Vaike-Kopu_(Puiatu)_vallavalitsus, lk 42
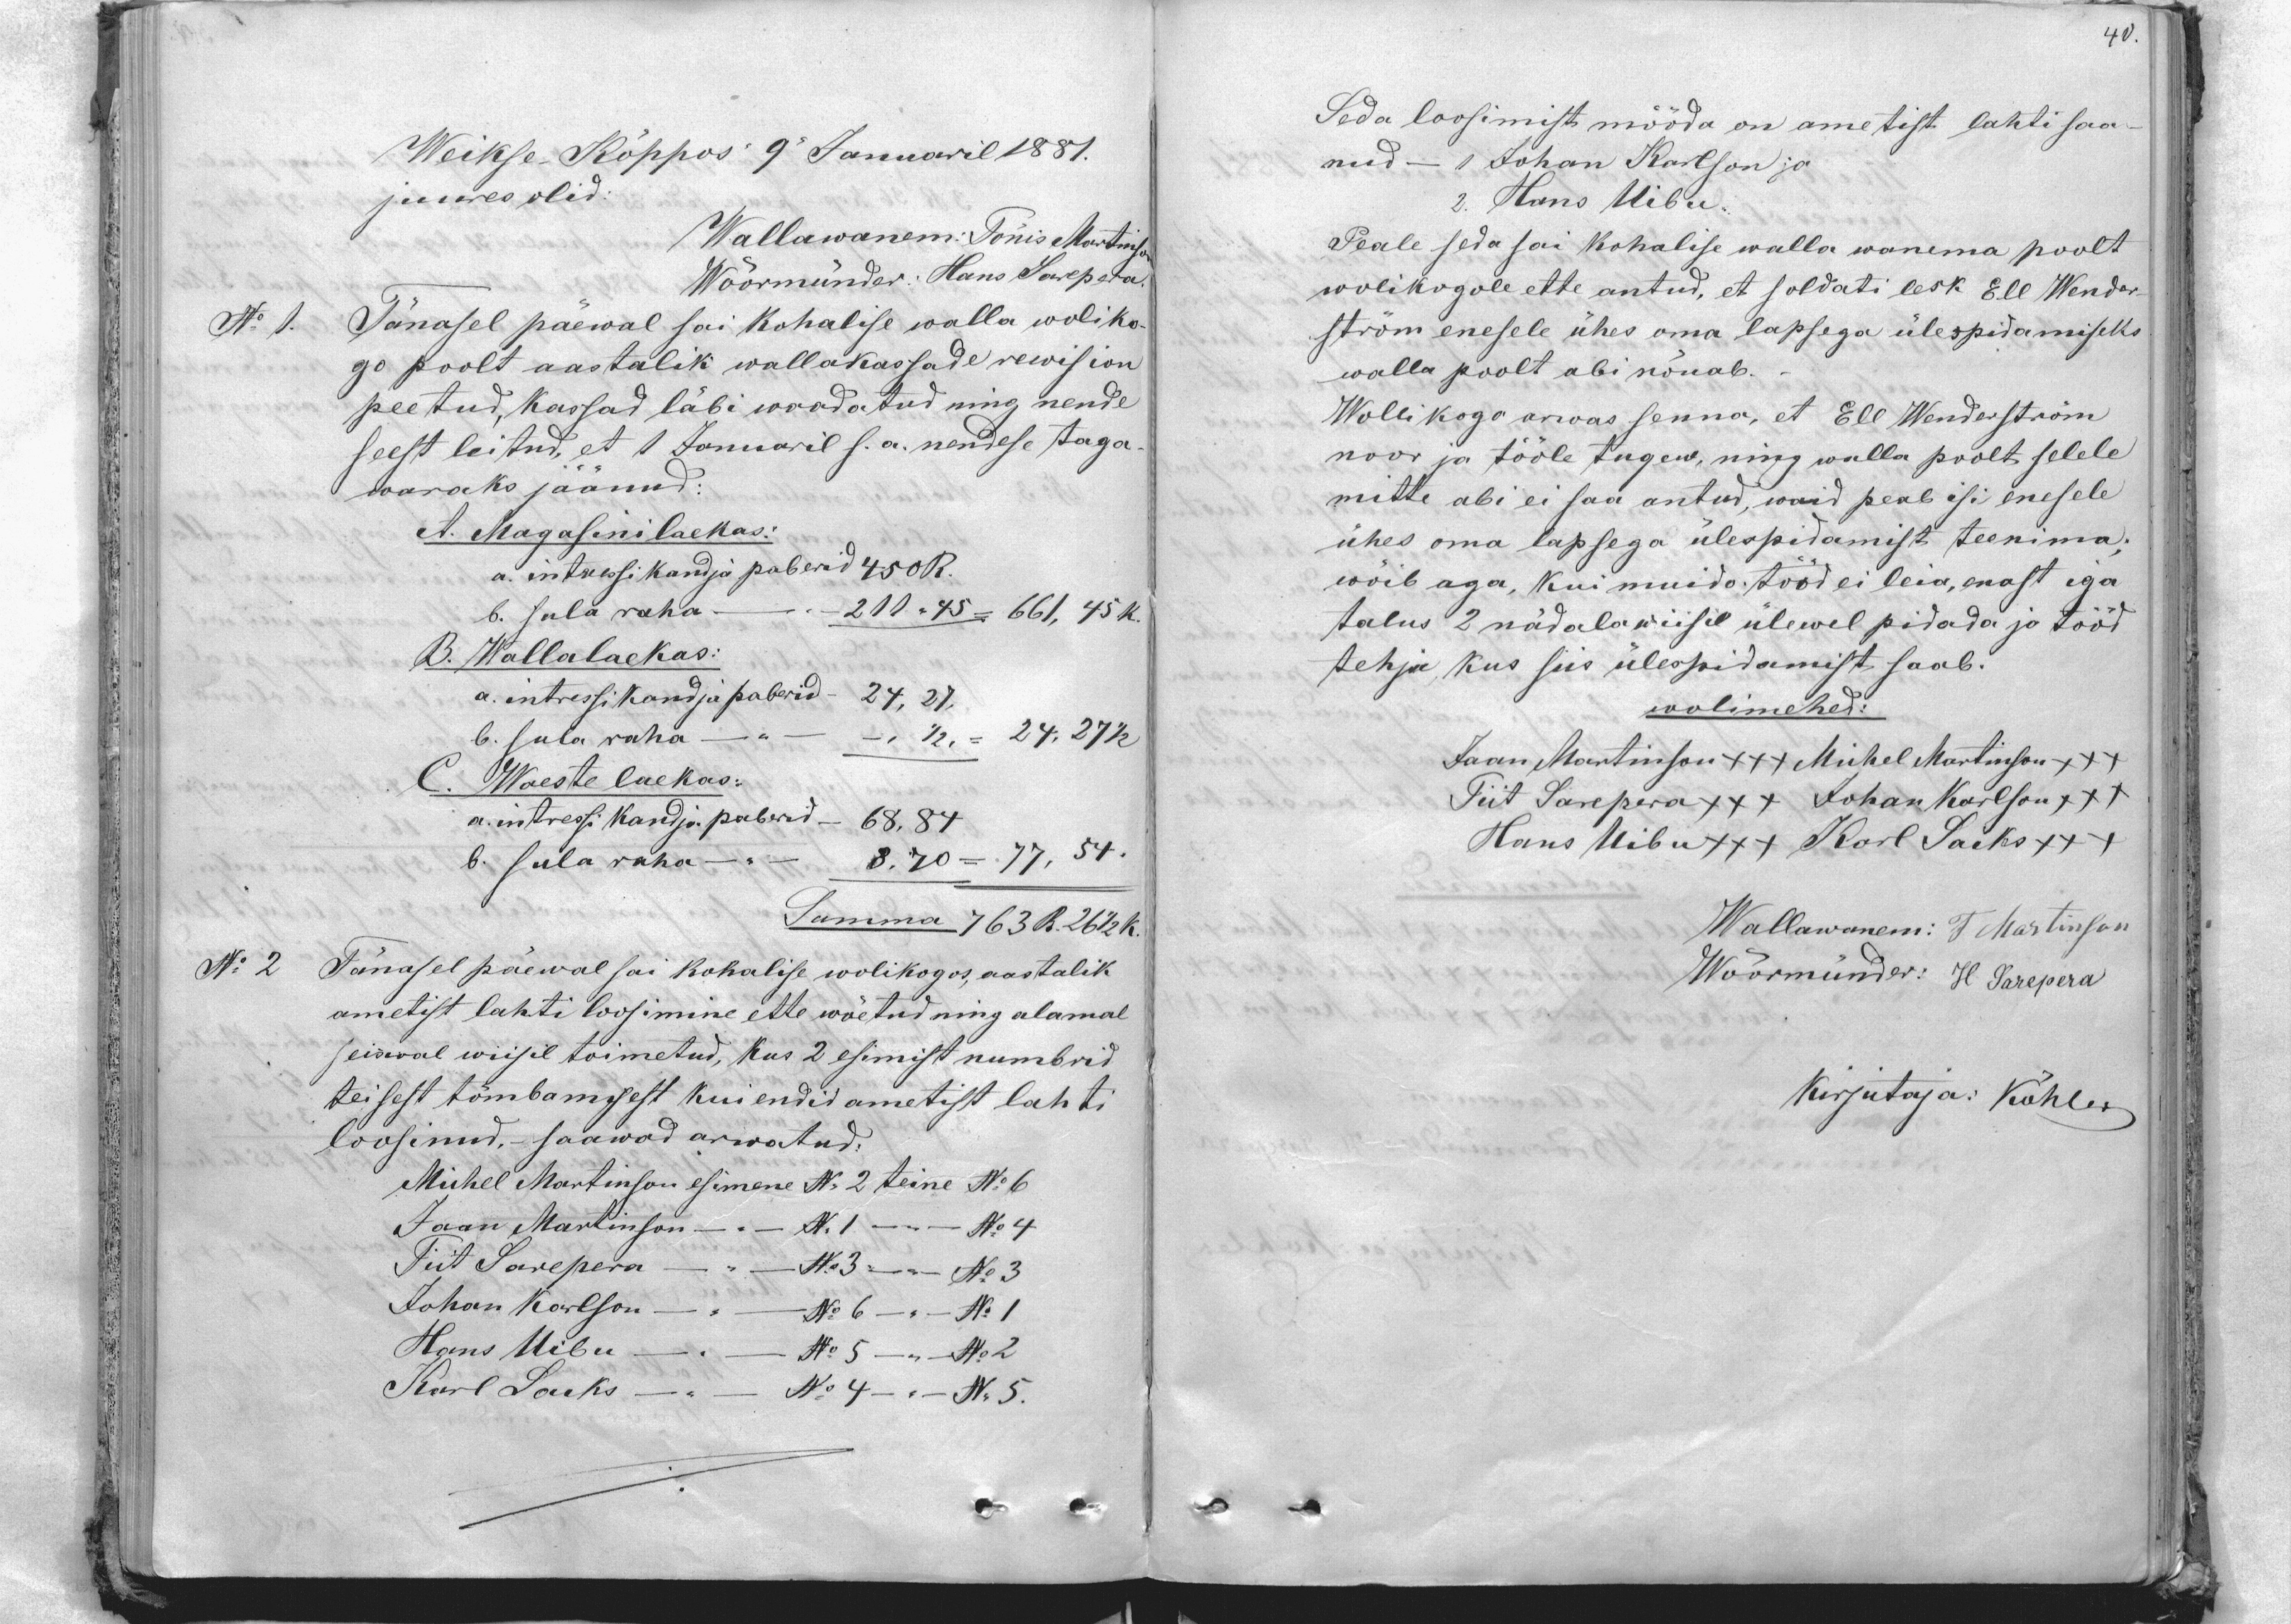
40.

Weikse Köppos 9 Januaril 1881.
juures olid:
Wallawanem: Tönis Martinson
Wöörmünder: Hans Sarepera.
No 1.
Tänasel päewal sai kohalise walla woliko-
go poolt aastalik wallakassade rewision
peetud, kassad läbi waadatud ning nende
seest leitud, et 1 Januaril s.a. nendese taga
waraks jäänud:
A. Magasini laekas:
a. intressi kandja paberid 450 R.
b. sula raha - -211 " 45 = 661, 45 k.
B. Wallalaekas:
a. intressi kandja paberid - 24, 27,
b. sula raha - - - 12 " 24,27
C. Waeste laekas:
a. intressi kandja paberid - 68, 84
b. sula raha - 8,70           " 77, 51.
Summa 763 R 26 1/2 k.
No 2
Tänasel päewal sai kohalise wolikogos, aastalik
ametist lahti loosimine ette wöetud ning alamal
seiswal wiisil toimetud, kus 2 esimist numbrid
teisest tõmbamisest kui endid ametist lahti
loosinud, - saawad arwatud:
Michel Martinson esimene No 2 teine No 6
Jaan Martinson - No 1 - - No 4
Siit Sarepera - " - No 3 - No 3
Johan Karlson - No 6 - No 1
Hans Mibu - No 5 - No 2
Karl Lauks - No 4 - No 5.

Seda loosimist mööda on ametist lahti saa-
nud - 1 Johan Karlson ja
Hans Uibu
Peale seda sai kohalise walla wanema poolt
wolikogole ette antud, et soldati lesk Ell Wendor-
ström enesele ühes oma lapsega ülespidamiseks
walla poolt abi nöuab.
Wolli kogo arwas senna, et Ell Wendriström
noor ja tööle tugew, ning walla poolt selele
mitte abi ei saa antud, waid peab isi enesele
ühes oma lapsega ülespidamist teenima;
wõib aga, kui muido tööd ei leia, enast iga
talus 2 nädala wiisil ülewel pidada ja tööd
tehja, kus siis ülespidamist saab.
wolimehed:
Jaan Martinson XXX Michel Martinson +++
Tiit Sarepera +++ Johan Karlson +++
Hans Uibu +++ Karl Sacks +++
Wallawanem: T Martinson
Woormünder: H. Sarepera
Kirjutaja: Köhler